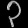
Digit: ၃